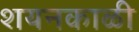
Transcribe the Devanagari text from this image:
शयनकाळी